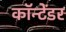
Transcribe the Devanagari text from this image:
कॉन्टेंडर